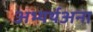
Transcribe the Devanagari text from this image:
अभ्यर्थअना